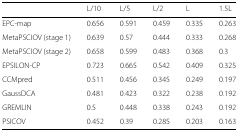
<table><thead><tr><td></td><td><b>L/10</b></td><td><b>L/5</b></td><td><b>L/2</b></td><td><b>L</b></td><td><b>1.5L</b></td></tr></thead><tbody><tr><td>EPC-map</td><td>0.656</td><td>0.591</td><td>0.459</td><td>0.335</td><td>0.263</td></tr><tr><td>MetaPSCIOV (stage 1)</td><td>0.639</td><td>0.57</td><td>0.444</td><td>0.333</td><td>0.268</td></tr><tr><td>MetaPSCIOV (stage 2)</td><td>0.658</td><td>0.599</td><td>0.483</td><td>0.368</td><td>0.3</td></tr><tr><td>EPSILON-CP</td><td>0.723</td><td>0.665</td><td>0.542</td><td>0.409</td><td>0.325</td></tr><tr><td>CCMpred</td><td>0.511</td><td>0.456</td><td>0.345</td><td>0.249</td><td>0.197</td></tr><tr><td>GaussDCA</td><td>0.481</td><td>0.423</td><td>0.322</td><td>0.238</td><td>0.192</td></tr><tr><td>GREMLIN</td><td>0.5</td><td>0.448</td><td>0.338</td><td>0.243</td><td>0.192</td></tr><tr><td>PSICOV</td><td>0.452</td><td>0.39</td><td>0.285</td><td>0.203</td><td>0.163</td></tr></tbody></table>